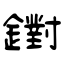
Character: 鑆